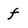
Character: f